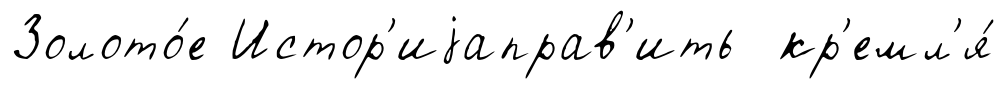
Золото́е Истор'иjаправ'ить кр'емл'я́